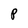
Character: P